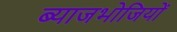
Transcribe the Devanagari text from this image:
ब्याजभोजियों